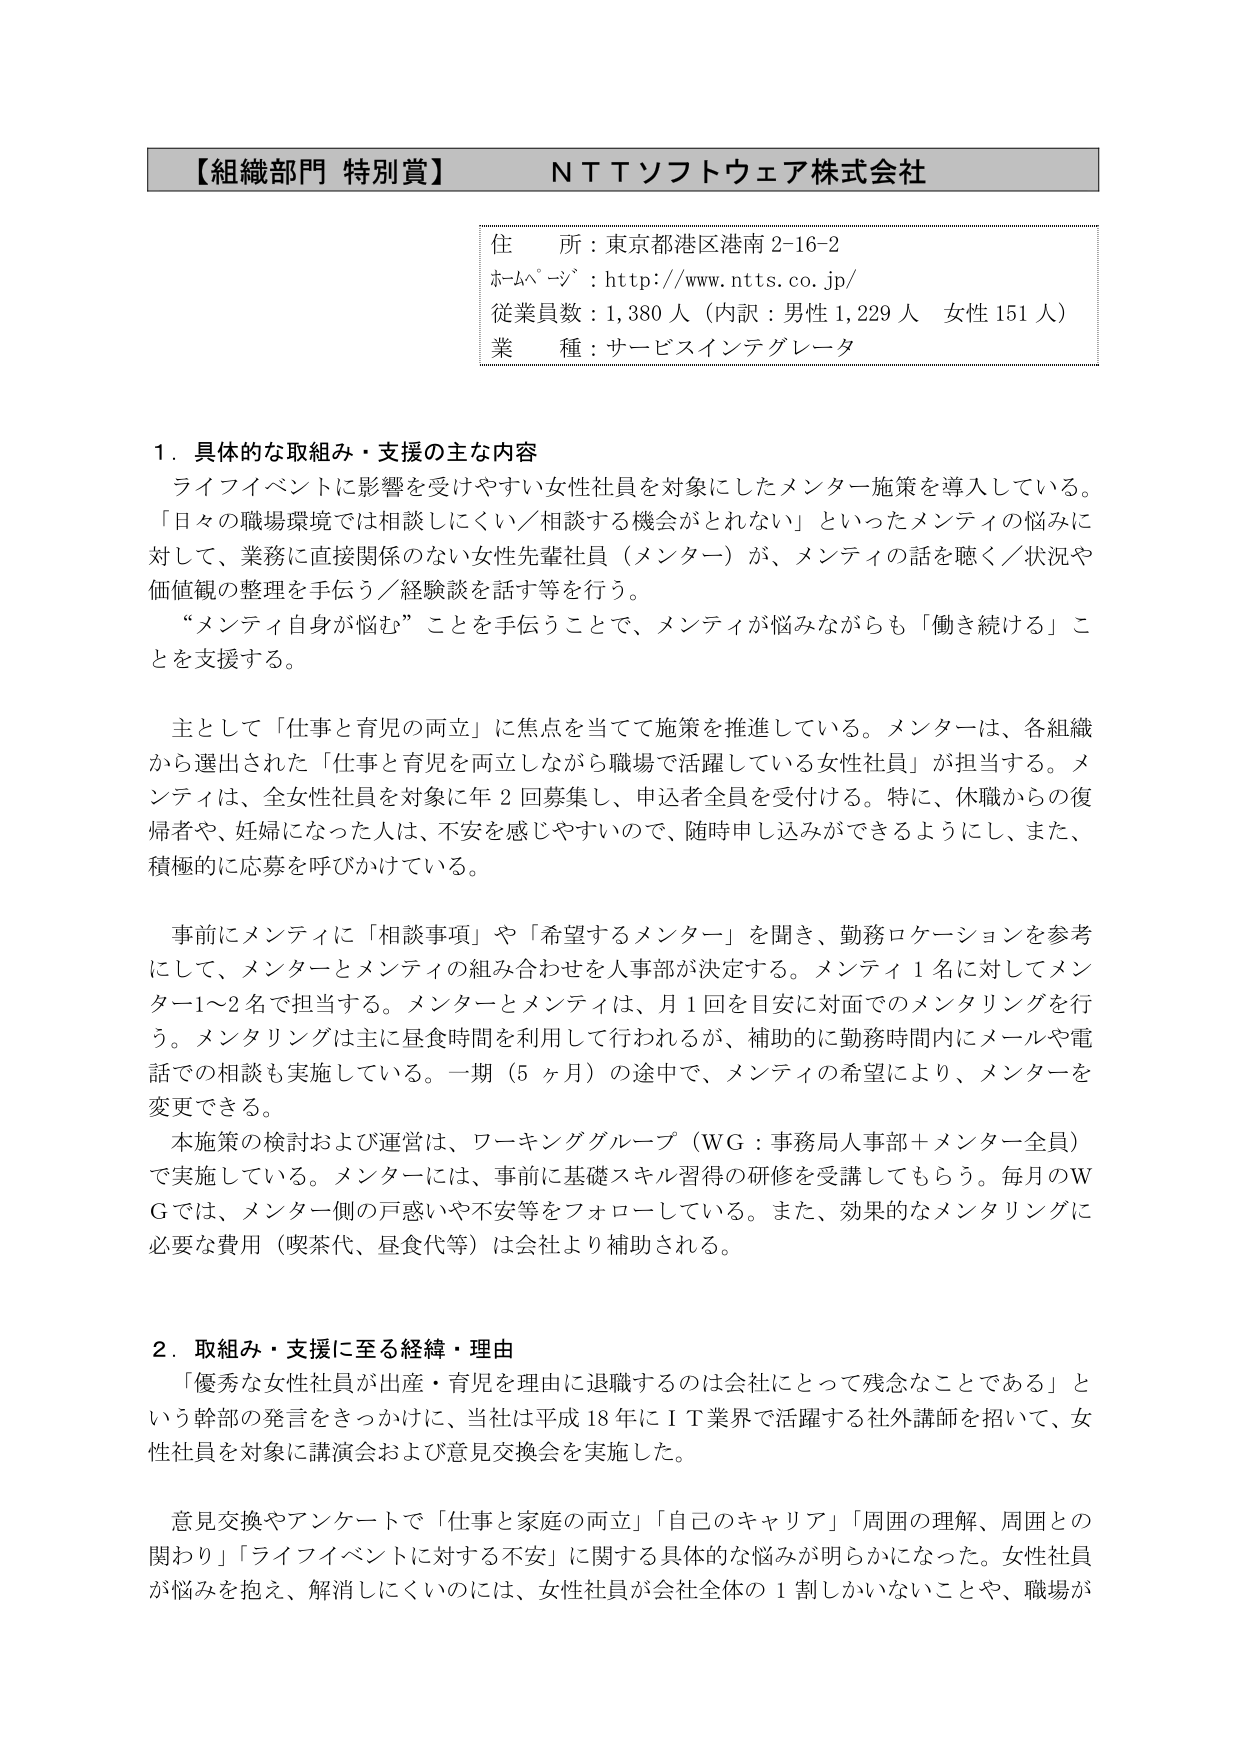
【組織部門 特別賞】　ＮＴＴソフトウェア株式会社

住　所：東京都港区港南2-16-2
ホームページ：http://www.ntts.co.jp/
従業員数：1,380人（内訳：男性1,229人　女性151人）
業　種：サービスインテグレータ

１．具体的な取組み・支援の主な内容
ライフイベントに影響を受けやすい女性社員を対象にしたメンター施策を導入している。
「日々の職場環境では相談しにくい／相談する機会がとれない」といったメンティの悩みに対して、業務に直接関係のない女性先輩社員（メンター）が、メンティの話を聴く／状況や価値観の整理を手伝う／経験談を話す等を行う。
“メンティ自身が悩む”ことを手伝うことで、メンティが悩みながらも「働き続ける」ことを支援する。

主として「仕事と育児の両立」に焦点を当てて施策を推進している。メンターは、各組織から選出された「仕事と育児を両立しながら職場で活躍している女性社員」が担当する。メンティは、全女性社員を対象に年2回募集し、申込者全員を受付ける。特に、休職からの復帰者や、妊婦になった人は、不安を感じやすいので、随時申し込みができるようにし、また、積極的に応募を呼びかけている。

事前にメンティに「相談事項」や「希望するメンター」を聞き、勤務ロケーションを参考にして、メンターとメンティの組み合わせを人事部が決定する。メンティ1名に対してメンター1～2名で担当する。メンターとメンティは、月1回を目安に対面でのメンタリングを行う。メンタリングは主に昼食時間を利用して行われるが、補助的に勤務時間内にメールや電話での相談も実施している。一期（5ヶ月）の途中で、メンティの希望により、メンターを変更できる。
本施策の検討および運営は、ワーキンググループ（WG：事務局人事部＋メンター全員）で実施している。メンターには、事前に基礎スキル習得の研修を受講してもらう。毎月のWGでは、メンター側の戸惑いや不安等をフォローしている。また、効果的なメンタリングに必要な費用（喫茶代、昼食代等）は会社より補助される。

２．取組み・支援に至る経緯・理由
「優秀な女性社員が出産・育児を理由に退職するのは会社にとって残念なことである」という幹部の発言をきっかけに、当社は平成18年にＩＴ業界で活躍する社外講師を招いて、女性社員を対象に講演会および意見交換会を実施した。

意見交換やアンケートで「仕事と家庭の両立」「自分のキャリア」「周囲の理解、周囲との関わり」「ライフイベントに対する不安」に関する具体的な悩みが明らかになった。女性社員が悩みを抱え、解消しにくいのは、女性社員が会社全体の1割しかいないことや、職場が